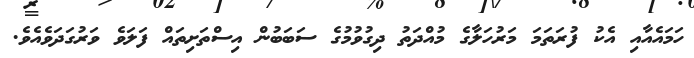
ހަމައެއާއި އެކު ފުރަތަމަ މަރުހަލާގެ މުއްދަތު ދިގުވުމުގެ ސަބަބުން އިސްތަށިތައް ފަލަވެ ވަރުގަދަވެއެވެ.